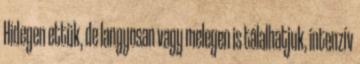
Hidegen ettük, de langyosan vagy melegen is tálalhatjuk, intenzív